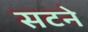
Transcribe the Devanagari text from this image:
सटने